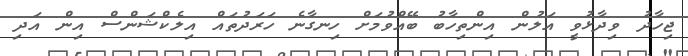
ޖިހާދު ވިދާޅުވީ އަލުން އިންތިހާބު ބޭއްވުމަށް ހިނގާނެ ހަރަދުތައް އިލެކްޝަންސް އިން އަދި